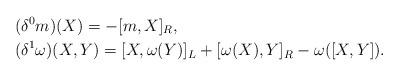
LaTeX: \begin{align*}&(\delta^{0}m)(X)=-[m,X]_{R},\\&(\delta^{1}\omega)(X,Y)=[X,\omega(Y)]_{L}+[\omega(X),Y]_{R}-\omega([X,Y]).\end{align*}